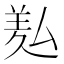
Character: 㕗